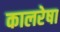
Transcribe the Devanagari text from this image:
कालरेषा